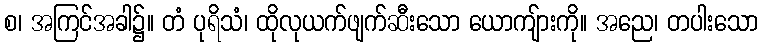
စ၊ အကြင်အခါ၌။ တံ ပုရိသံ၊ ထိုလုယက်ဖျက်ဆီးသော ယောကျ်ားကို။ အညေ၊ တပါးသော